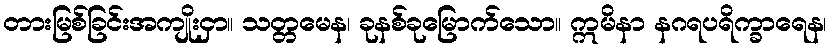
တားမြစ်ခြင်းအကျိုးငှာ။ သတ္တမေန၊ ခုနစ်ခုမြောက်သော။ ဣမိနာ နဂရပရိက္ခာရေန၊